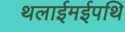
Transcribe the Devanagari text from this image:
थलाईमईपथि